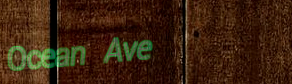
Ocean Ave